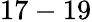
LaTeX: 17-19